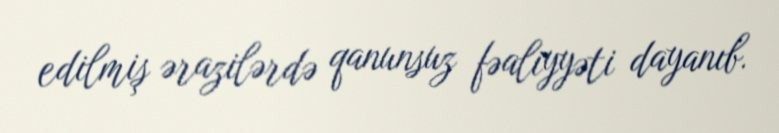
edilmiş ərazilərdə qanunsuz fəaliyyəti dayanıb.